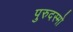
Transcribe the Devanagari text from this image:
पुरुदस्मो